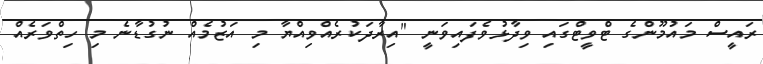
ރައީސް މައުމޫންގެ ޓްވީޓްގައި ވިދާޅުވެފައިވަނީ "އިރާދަކުރެއްވިއްޔާ މި އަޒުމެއް ނުގުޑާނެ މި ހިތްވަރެއް